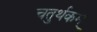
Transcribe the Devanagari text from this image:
चतुर्थकम्